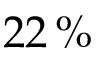
2 2 \, \%